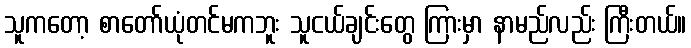
သူကတော့ စာတော်ယုံတင်မကဘူး သူငယ်ချင်းတွေ ကြားမှာ နာမည်လည်း ကြီးတယ်။